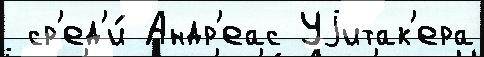
 ср'ед'и́ Андр'еас Уjитак'ера